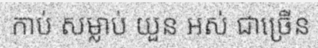
កាប់ សម្លាប់ យួន អស់ ជាច្រើន